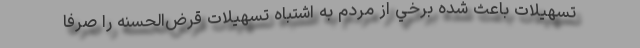
تسهيلات باعث شده برخي از مردم به اشتباه تسهيلات قرض‌الحسنه را صرفاً